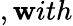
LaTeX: ,\mathbf{w}ith